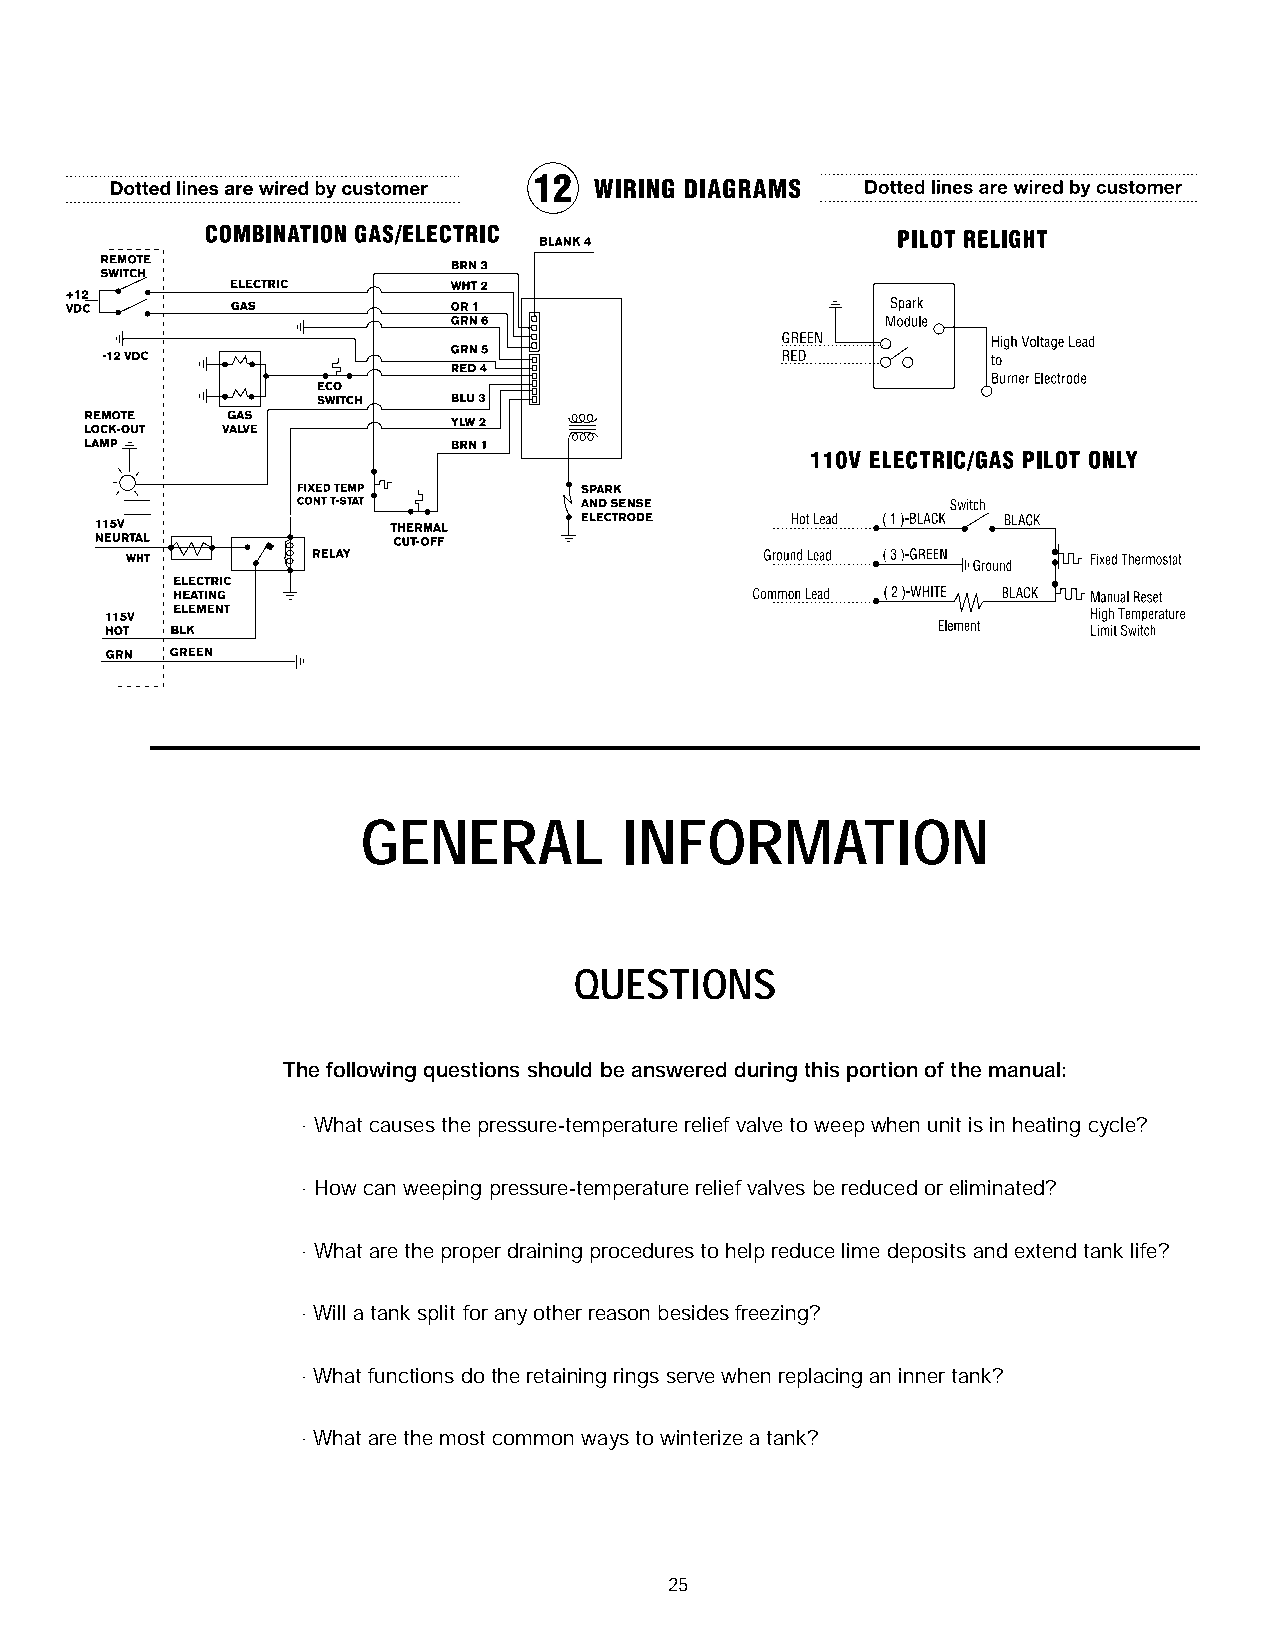
GENERAL          INFORMATION
 QUESTIONS
 The following questions should be answered during this portion of the manual:
 · What causes the pressure-temperature relief valve to weep when unit is in heating cycle?
 · How can weeping pressure-temperature relief valves be reduced or eliminated?
 · What are the proper draining procedures to help reduce lime deposits and extend tank life?
 · Will a tank split for any other reason besides freezing?
 · What functions do the retaining rings serve when replacing an inner tank?
 · What are the most common ways to winterize a tank?
 25